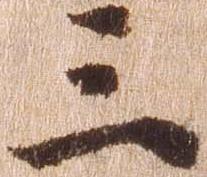
三